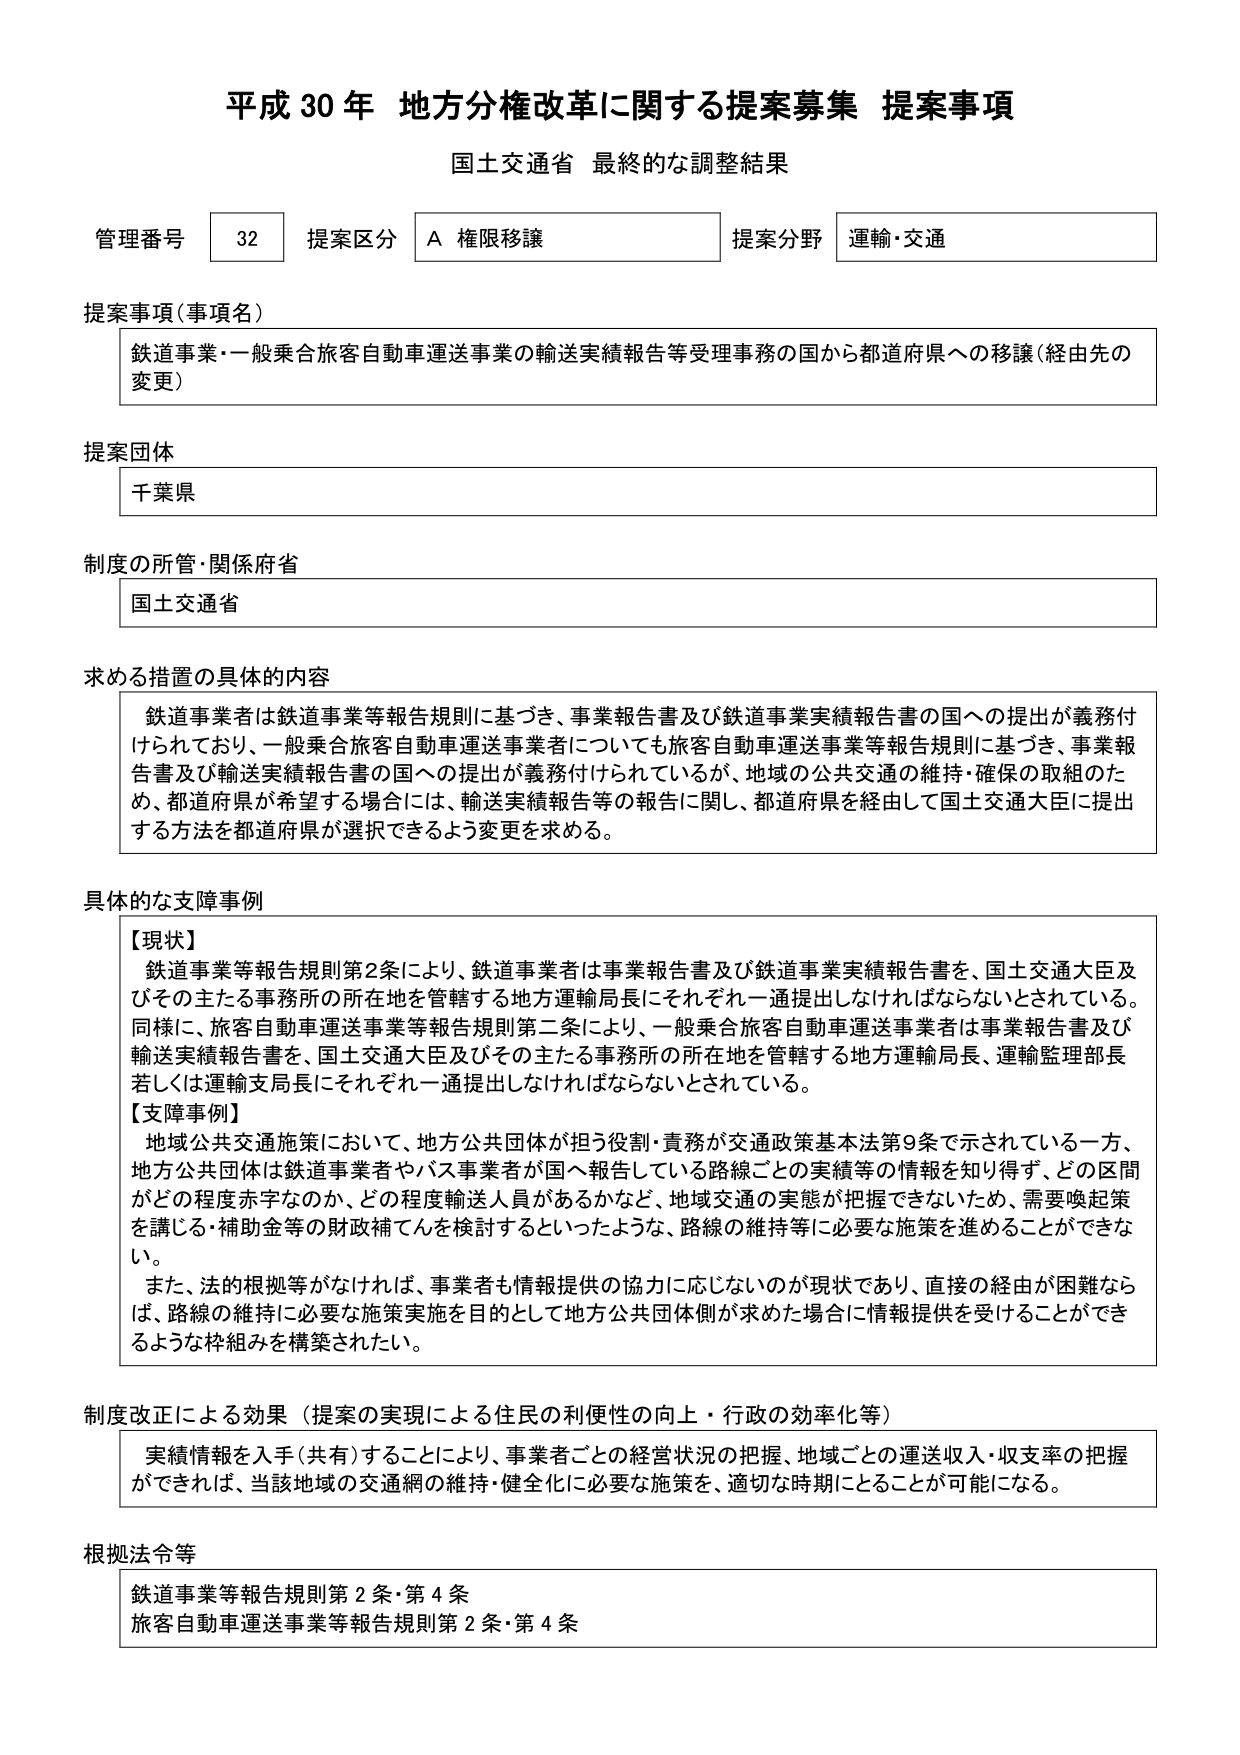
平成30年 地方分権改革に関する提案募集 提案事項
国土交通省 最終的な調整結果

管理番号 32 提案区分 A 権限移譲 提案分野 運輸・交通

提案事項（事項名）
鉄道事業・一般乗合旅客自動車運送事業の輸送実績報告等受理事務の国から都道府県への移譲（経由先の変更）

提案団体
千葉県

制度の所管・関係府省
国土交通省

求める措置の具体的内容
鉄道事業者は鉄道事業等報告規則に基づき、事業報告書及び鉄道事業実績報告書の国への提出が義務付けられており、一般乗合旅客自動車運送事業者についても旅客自動車運送事業等報告規則に基づき、事業報告書及び輸送実績報告書の国への提出が義務付けられているが、地域の公共交通の維持・確保の取組のため、都道府県が希望する場合には、輸送実績報告等の報告に関し、都道府県を経由して国土交通大臣に提出する方法を都道府県が選択できるよう変更を求める。

具体的な支障事例
【現状】
鉄道事業等報告規則第2条により、鉄道事業者は事業報告書及び鉄道事業実績報告書を、国土交通大臣及びその主たる事務所の所在地を管轄する地方運輸局長にそれぞれ一通提出しなければならないとされている。同様に、旅客自動車運送事業等報告規則第二条により、一般乗合旅客自動車運送事業者は事業報告書及び輸送実績報告書を、国土交通大臣及びその主たる事務所の所在地を管轄する地方運輸局長、運輸監理部長若しくは運輸支局長にそれぞれ一通提出しなければならないとされている。
【支障事例】
地域公共交通施策において、地方公共団体が担う役割・責務が交通政策基本法第9条で示されている一方、地方公共団体は鉄道事業者やバス事業者が国へ報告している路線ごとの実績等の情報を知り得ず、どの区間がどの程度赤字なのか、どの程度輸送人員があるかなど、地域交通の実態が把握できないため、需要喚起策を講じる・補助金等の財政補てんを検討するといったような、路線の維持等に必要な施策を進めることが不可能。
また、法的根拠等がなければ、事業者も情報提供の協力に応じないのが現状であり、直接の経由が困難ならば、路線の維持に必要な施策実施を目的として地方公共団体側が求めた場合に情報提供を受けることができるような枠組みを構築されたい。

制度改正による効果（提案の実現による住民の利便性の向上・行政の効率化等）
実績情報を入手（共有）することにより、事業者ごとの経営状況の把握、地域ごとの運送収入・収支率の把握ができれば、当該地域の交通網の維持・健全化に必要な施策を、適切な時期にとることが可能になる。

根拠法令等
鉄道事業等報告規則第2条・第4条
旅客自動車運送事業等報告規則第2条・第4条